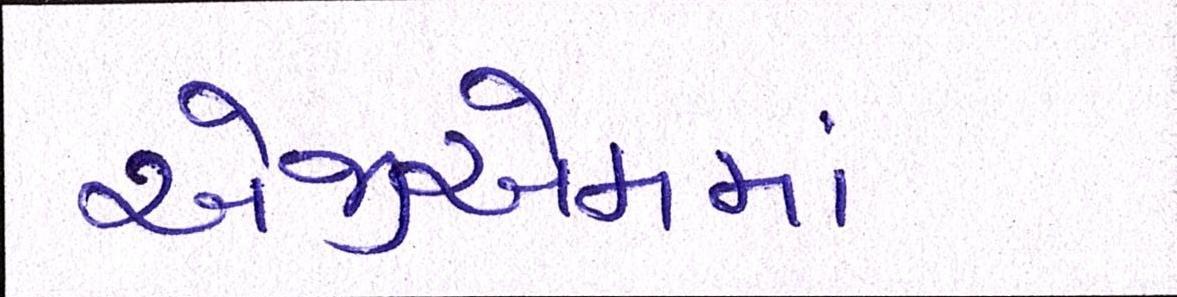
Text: એજીએમમાં